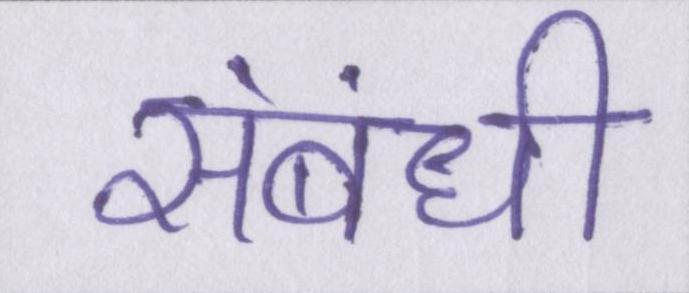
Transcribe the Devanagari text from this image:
संबंधी